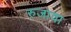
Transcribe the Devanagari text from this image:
रुजावा